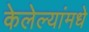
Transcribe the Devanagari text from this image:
केलेल्यांमधे